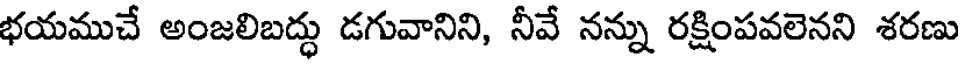
భయముచే అంజలిబద్ధు డగువానిని, నీవే నన్ను రక్షింపవలెనని శరణు